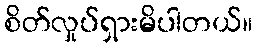
စိတ်လှုပ်ရှားမိပါတယ်။